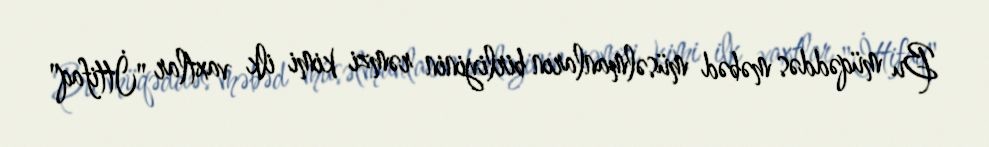
Bu müqəddəs məbəd müsəlmanların birliyinin rəmzi kimi ilk vaxtlar "İttifaq"